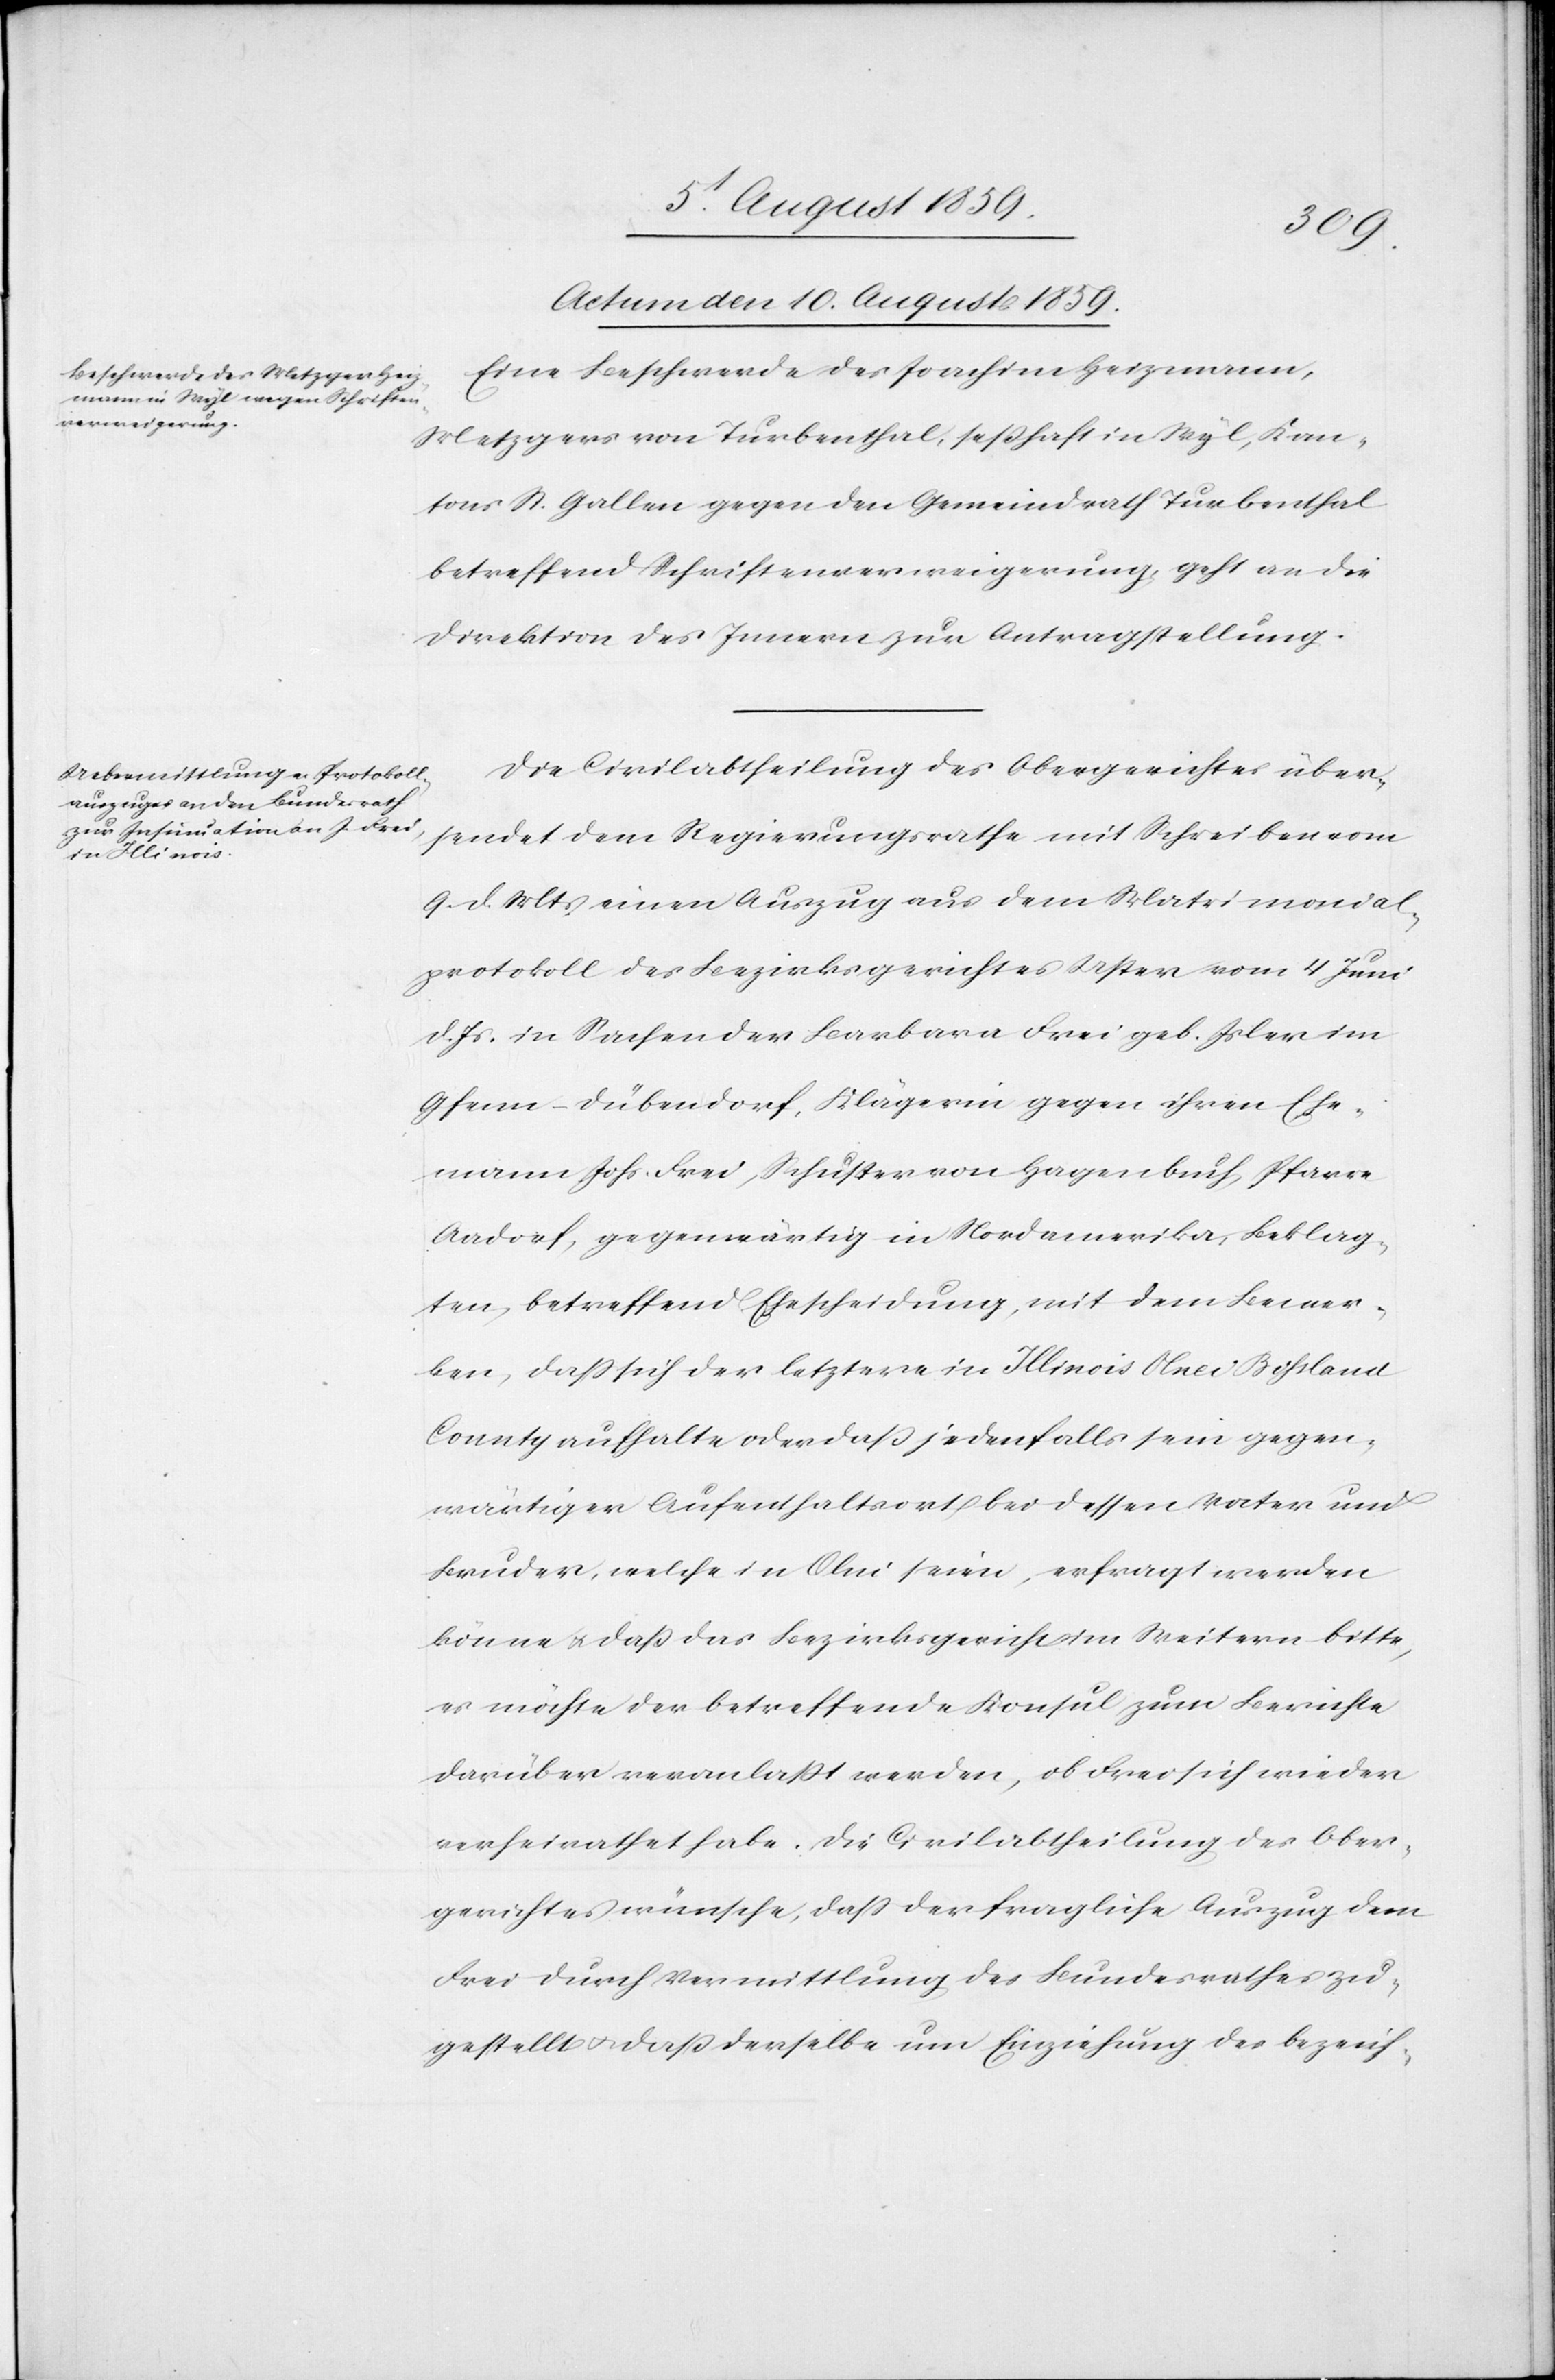
Actum den 10. August 1859.]
Eine Beschwerde des Joachim Heizmann,
Metzgers von Turbenthal, seßhaft in Wyl, Kan¬
tons St. Gallen gegen den Gemeindrath Turbenthal
betreffend Schriftenverweigerung geht an die
Direktion des Innern zur Antragstellung.
Die Civilabtheilung des Obergerichtes über¬
sendet dem Regierungsrathe mit Schreiben vom
9. d. Mts. einen Auszug aus dem Matrimonial¬
protokoll des Bezirksgerichtes Uster vom 4. Juni
d. Js. in Sachen der Barbara Frei geb. Isler im
Gfenn–Dübendorf. Klägerin gegen ihren Ehe¬
mann Johs. Frei, Schuster von Hagenbuch, Pfarre
Aadorf, gegenwärtig in Nordamerika, Beklag¬
ten, betreffend Ehescheidung, mit dem Bemer¬
ken, daß sich der letztere in Illinois Olnei Bihland
County aufhalte oder daß jedenfalls sein gegen¬
wärtiger Aufenthaltsort bei dessen Vater und
Bruder, welche in Olni [sic!] seien, erfragt werden
könne u. daß das Bezirksgericht im Weitern bitte,
es möchte der betreffende Konsul zum Berichte
darüber veranlaßt werden, ob Frei sich wieder
verheirathet habe. Die Civilabtheilung des Ober¬
gerichtes wünsche, daß der fragliche Auszug dem
Frei durch Vermittlung des Bundesrathes zu¬
gestellt u. daß derselbe um Einziehung des bezeich-